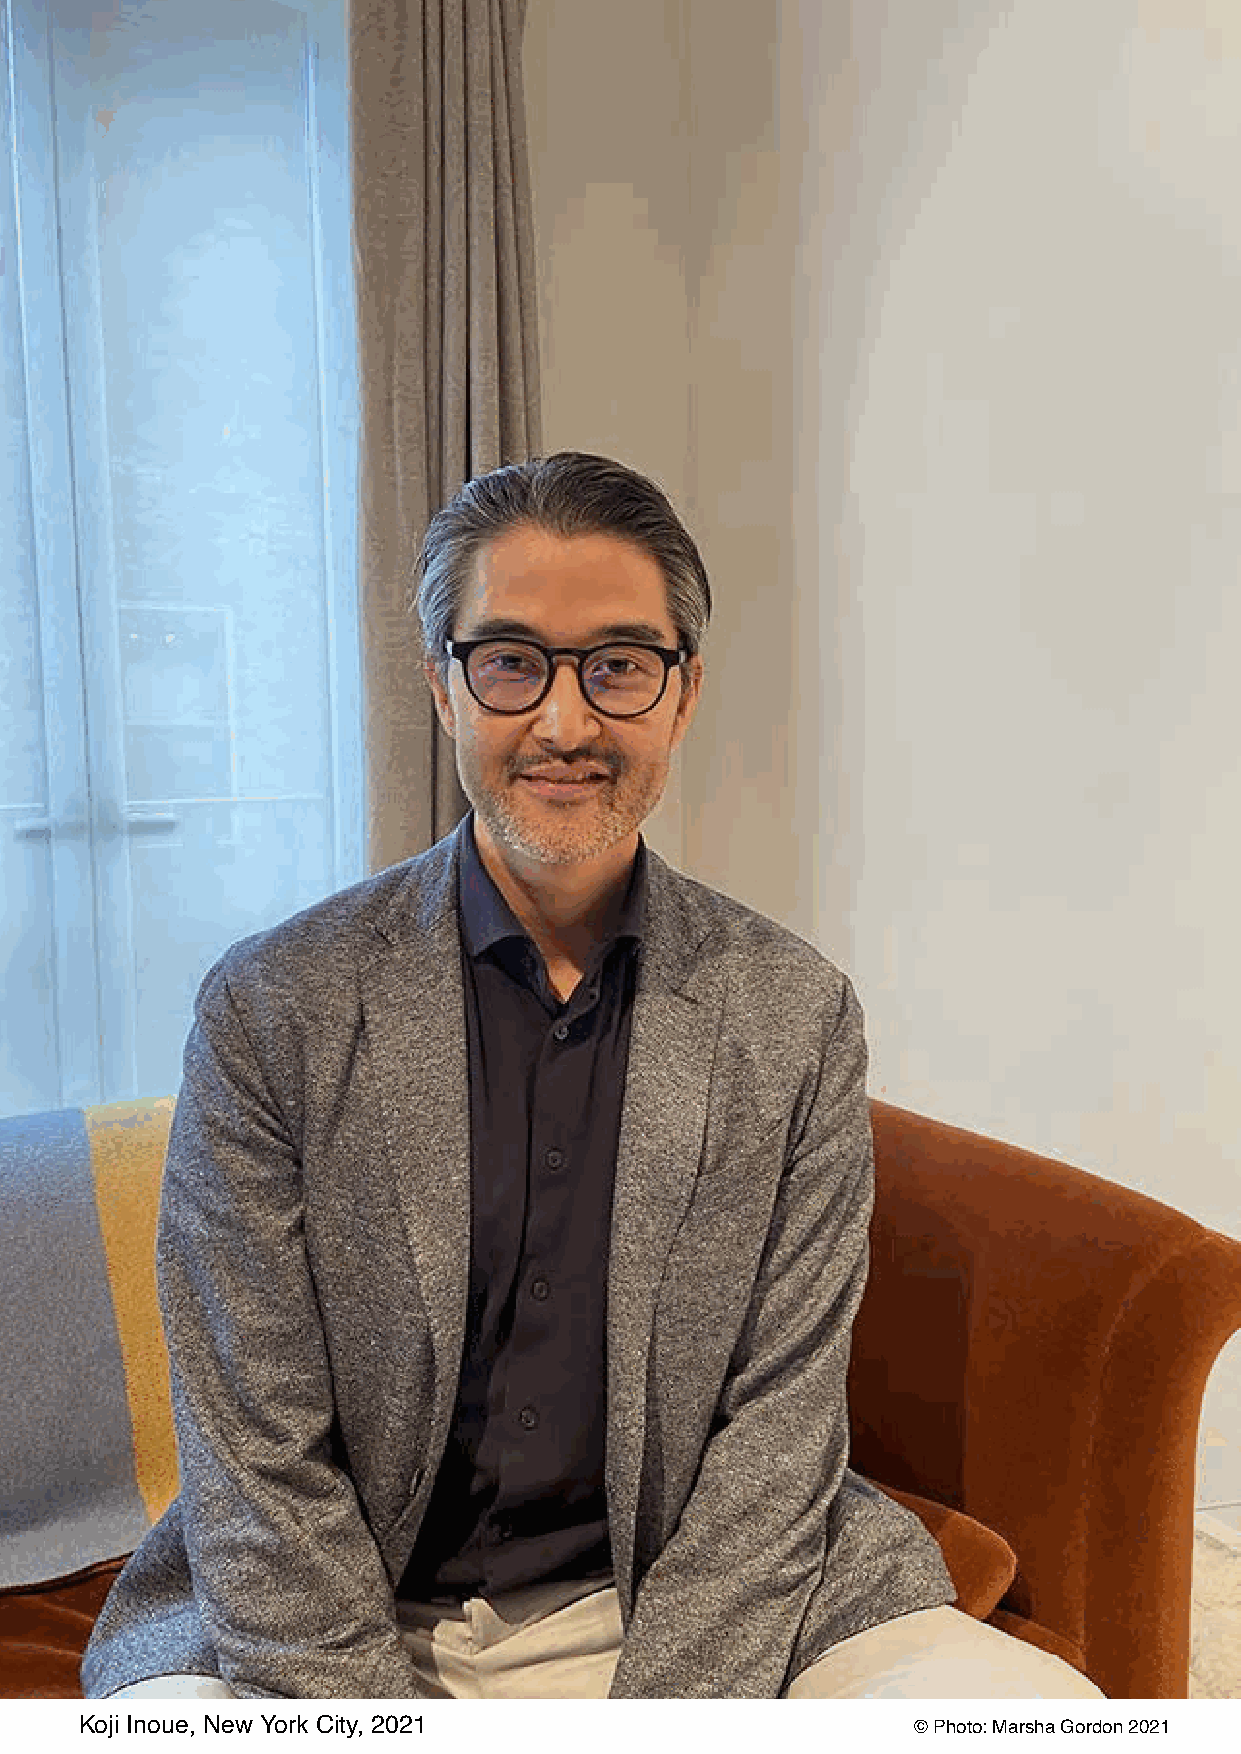
Koji Inoue, New York City, 2021                        © Photo: Marsha Gordon 2021